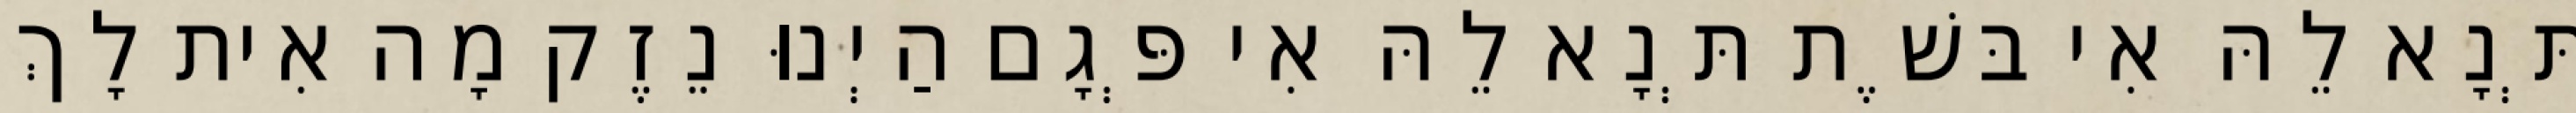
תְּנָא לֵהּ אִי בּשֶׁת תְּנָא לֵהּ אִי פְּגָם הַיְנוּ נֵזֶק מָה אִית לָךְ